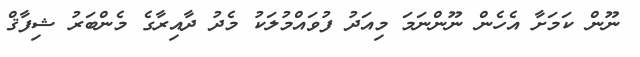
ނޫން ކަމަށާ އެހެން ނޫންނަމަ މިއަދު ފުވައްމުލަކު މެދު ދާއިރާގެ މެންބަރު ޝިފާޤް